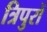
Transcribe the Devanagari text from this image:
त्रिपुरों